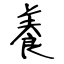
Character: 養